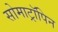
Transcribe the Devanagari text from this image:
सोमाट्रॉपिन